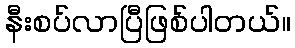
နီးစပ်လာပြီဖြစ်ပါတယ်။